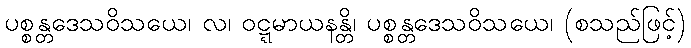
ပစ္စန္တဒေသဝိသယေ၊ လ၊ ဝဋ္ဋမာယနန္တိ၊ ပစ္စန္တဒေသဝိသယေ၊ (စသည်ဖြင့်)